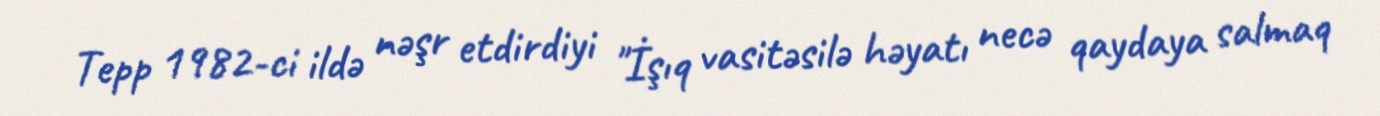
Tepp 1982-ci ildə nəşr etdirdiyi "İşıq vasitəsilə həyatı necə qaydaya salmaq